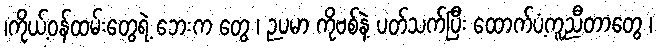
၊ကိုယ့်ဝန်ထမ်းတွေရဲ့ ဘေးက တွေ ၊ ဉပမာ ကိုဗစ်နဲ့ ပတ်သက်ပြီး ထောက်ပံ့ကူညီတာတွေ ၊